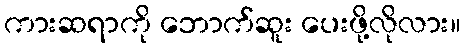
ကားဆရာကို ဘောက်ဆူး ပေးဖို့လိုလား။